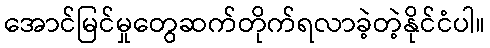
အောင်မြင်မှုတွေဆက်တိုက်ရလာခဲ့တဲ့နိုင်ငံပါ။